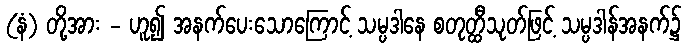
(နံ) တို့အား - ဟူ၍ အနက်ပေးသောကြောင့် သမ္ပဒါနေ စတုတ္ထီသုတ်ဖြင့် သမ္ပဒါန်အနက်၌